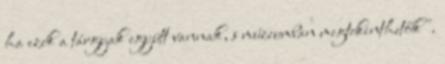
ha ezek a tárgyak együtt vannak, s múzeumban megtekinthetők".